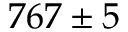
7 6 7 \pm 5